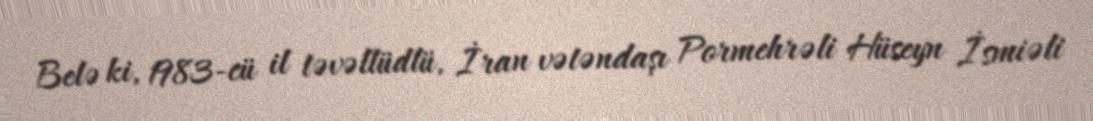
Belə ki, 1983-cü il təvəllüdlü, İran vətəndaşı Pormehrəli Hüseyn İsmiəli